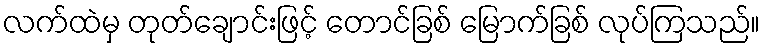
လက်ထဲမှ တုတ်ချောင်းဖြင့် တောင်ခြစ် မြောက်ခြစ် လုပ်ကြသည်။